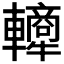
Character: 𬧿